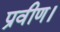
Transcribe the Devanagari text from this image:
प्रवीण।